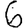
Digit: 6